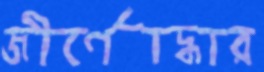
জীর্ণোদ্ধার